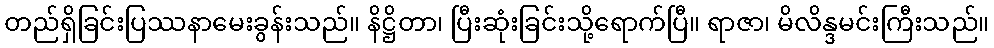
တည်ရှိခြင်းပြဿနာမေးခွန်းသည်။ နိဋ္ဌိတာ၊ ပြီးဆုံးခြင်းသို့ရောက်ပြီ။ ရာဇာ၊ မိလိန္ဒမင်းကြီးသည်။